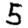
Digit: 5